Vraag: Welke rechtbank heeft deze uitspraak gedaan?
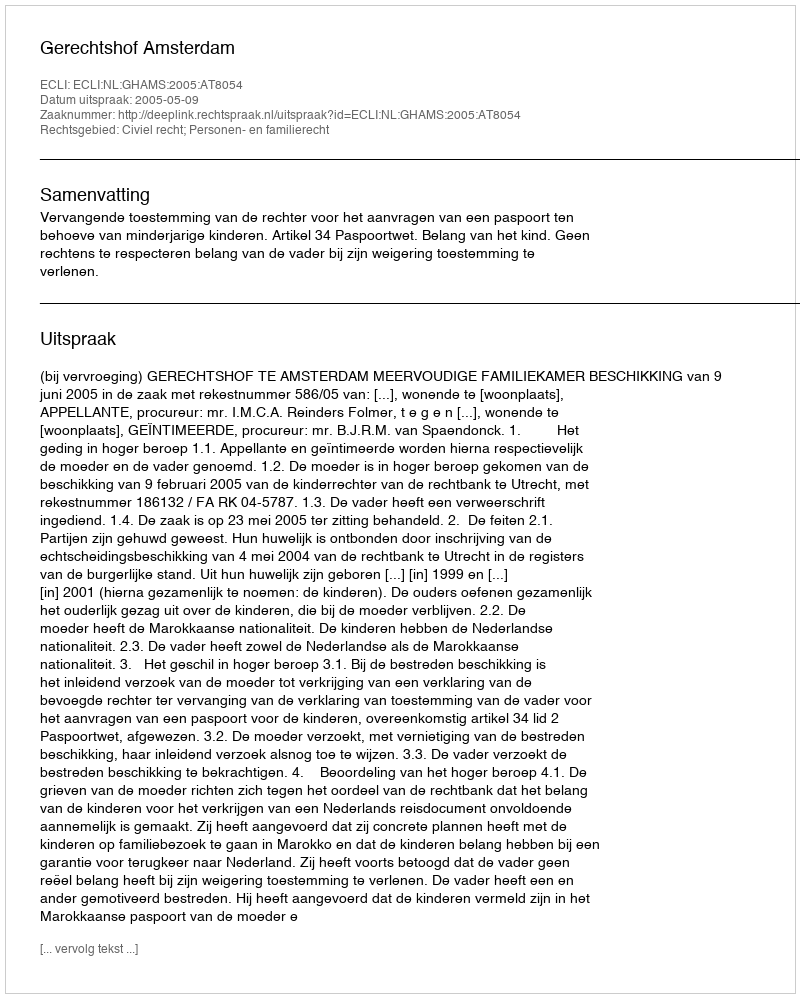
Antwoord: Gerechtshof Amsterdam